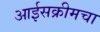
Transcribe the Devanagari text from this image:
आईसक्रीमचा